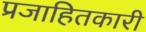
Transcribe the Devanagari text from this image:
प्रजाहितकारी